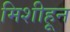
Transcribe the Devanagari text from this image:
मिशीहून